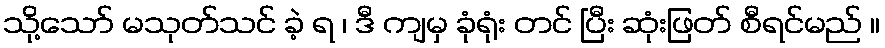
သို့သော် မသုတ်သင် ခဲ့ ရ ၊ ဒီ ကျမှ ခုံရုံး တင် ပြီး ဆုံးဖြတ် စီရင်မည် ။